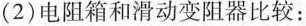
（2）电阻箱和滑动变阻器比较：